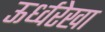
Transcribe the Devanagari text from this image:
ऊर्ध्वरेखा